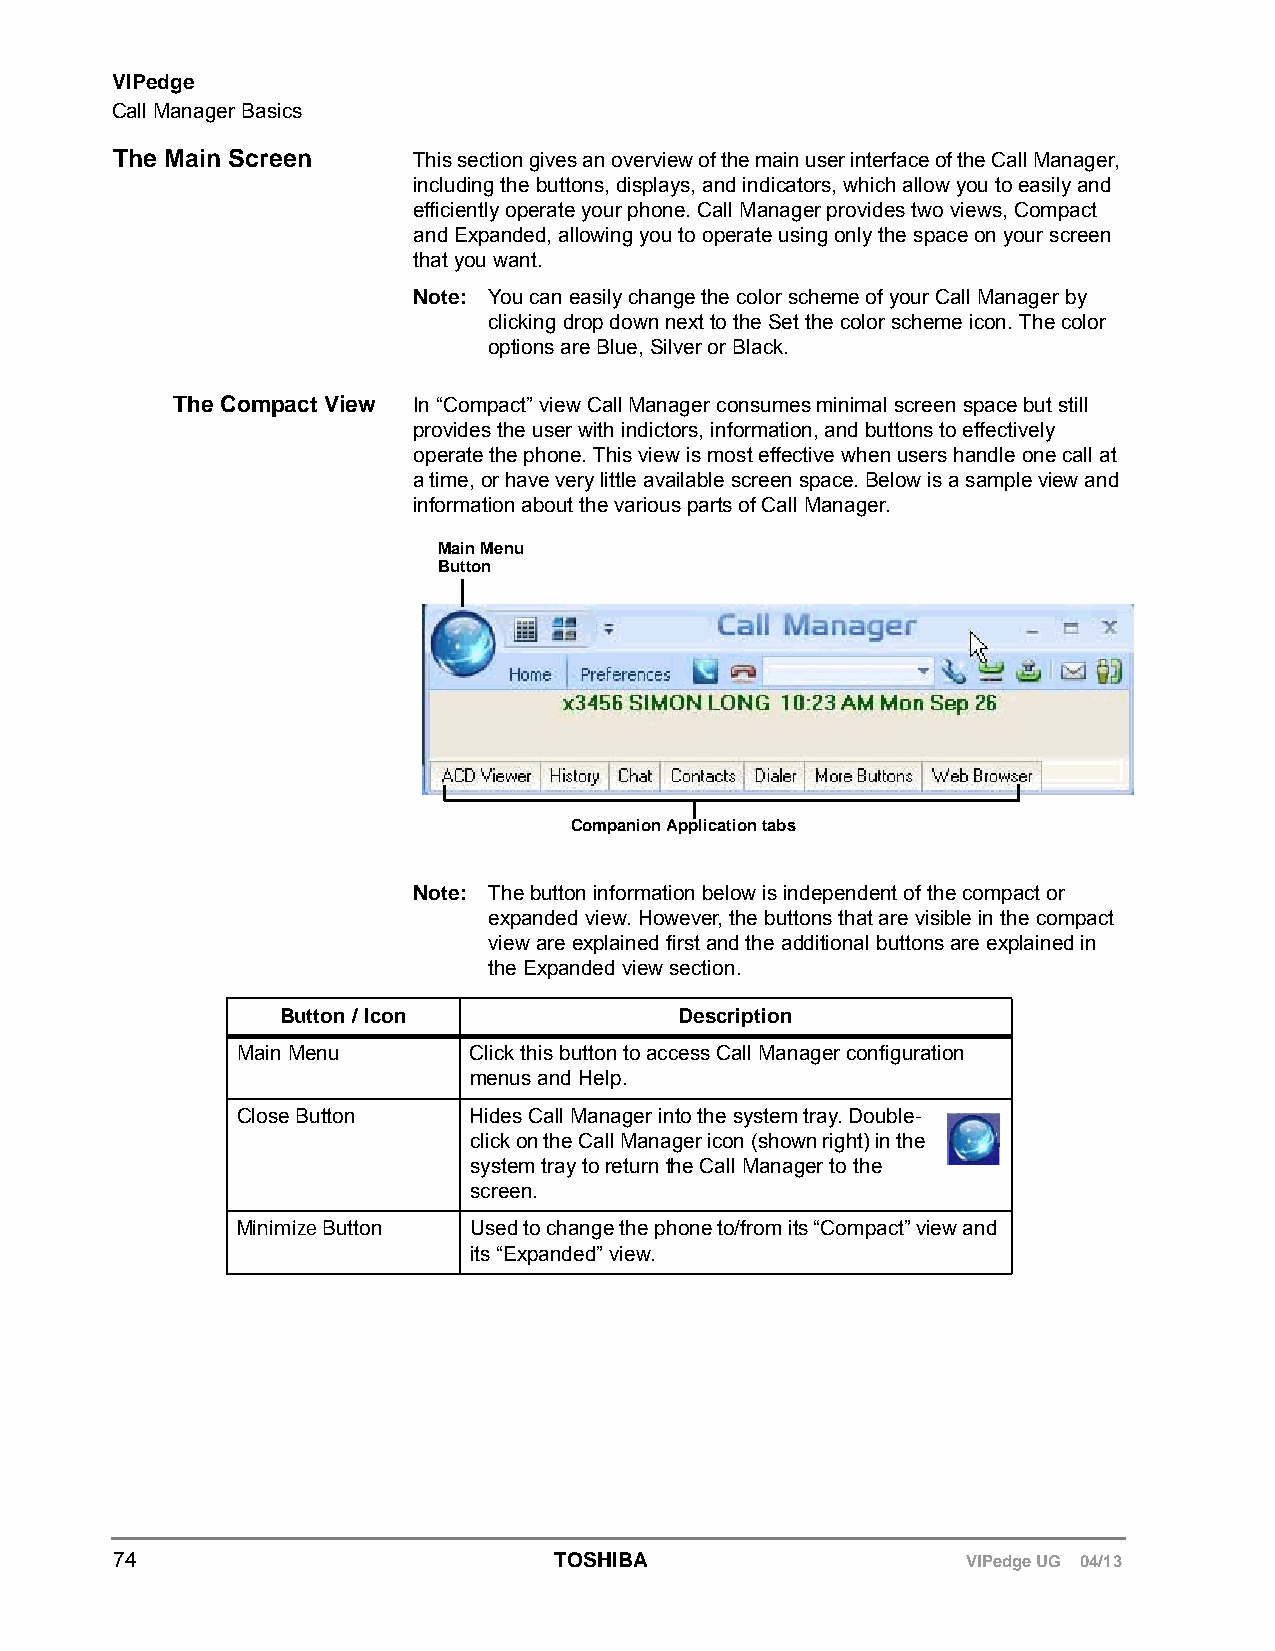
VIPedge
 Call Manager Basics
 The Main Screen    This section gives an overview of the main user interface of the Call Manager,
 including the buttons, displays, and indicators, which allow you to easily and
 efficiently operate your phone. Call Manager provides two views, Compact
 and Expanded, allowing you to operate using only the space on your screen
 that you want.
 Note: You can easily change the color scheme of your Call Manager by
 clicking drop down next to the Set the color scheme icon. The color
 options are Blue, Silver or Black.
 The Compact View In “Compact” view Call Manager consumes minimal screen space but still
 provides the user with indictors, information, and buttons to effectively
 operate the phone. This view is most effective when users handle one call at
 a time, or have very little available screen space. Below is a sample view and
 information about the various parts of Call Manager.
 Main Menu
 Button
 Companion Application tabs
 Note: The button information below is independent of the compact or
 expanded view. However, the buttons that are visible in the compact
 view are explained first and the additional buttons are explained in
 the Expanded view section.
 Button / Icon             Description
 Main Menu      Click this button to access Call Manager configuration
 menus and Help.
 Close Button   Hides Call Manager into the system tray. Double-
 click on the Call Manager icon (shown right) in the
 system tray to return the Call Manager to the
 screen.
 Minimize Button Used to change the phone to/from its “Compact” view and
 its “Expanded” view.
 74                           TOSHIBA                    VIPedge UG 04/13